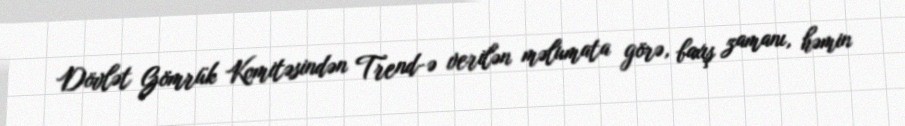
Dövlət Gömrük Komitəsindən Trend-ə verilən məlumata görə, baxış zamanı, həmin